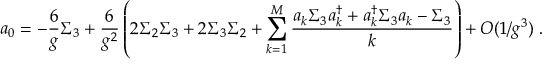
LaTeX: a _ { 0 } = - \frac { 6 } { g } \Sigma _ { 3 } + \frac { 6 } { g ^ { 2 } } \left( 2 \Sigma _ { 2 } \Sigma _ { 3 } + 2 \Sigma _ { 3 } \Sigma _ { 2 } + \sum _ { k = 1 } ^ { M } \frac { a _ { k } \Sigma _ { 3 } a _ { k } ^ { \dagger } + a _ { k } ^ { \dagger } \Sigma _ { 3 } a _ { k } - \Sigma _ { 3 } } { k } \right) + O ( 1 / g ^ { 3 } ) \; .